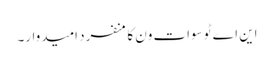
این اے ٹو سوات ون کا منفرد امیدوار۔